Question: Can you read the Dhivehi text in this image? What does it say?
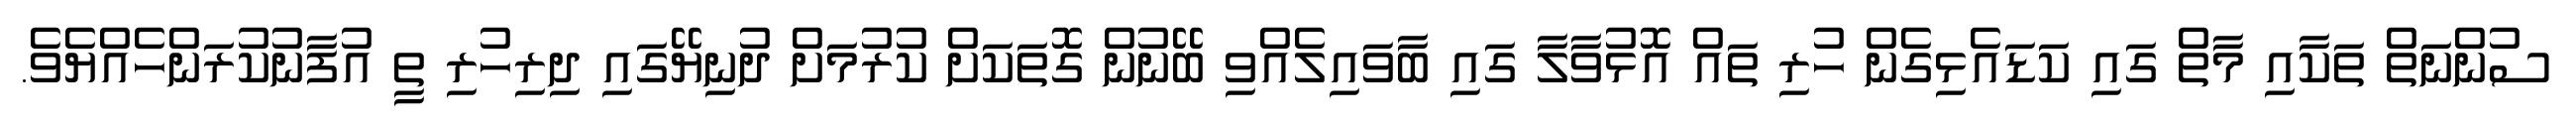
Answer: ސުންނަތް ތަކާއި މާތް ގައި ކަޑައެޅިގެން ހުރި ތައް އޮޅުވާލާ ގައި ބާވައިލެއްވި ބޭނުން ގޮތަކަށް ކުރުމަށް ދުނިޔޭގައި ދިރިހުރި ތީ އުފާނުކުރަންހެއްޔެވެ.